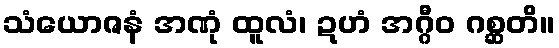
သံယောဇနံ အဏုံ ထူလံ၊ ဍဟံ အဂ္ဂီဝ ဂစ္ဆတိ။